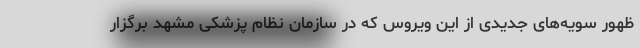
ظهور سویه‌های جدیدی از این ویروس که در سازمان نظام پزشکی مشهد برگزار